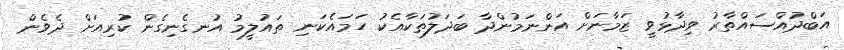
އަބްދުއްސައްތާރު ވިދާޅުވީ ޒަމާނަށް އަންނަމުންދާ ބަދަލުތަކާއެކު ހަމައެކަނި ތައުލީމު އުނގެނިގެން ކުރިއަށް ދެވެން